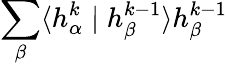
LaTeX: \sum_{\beta}\langle h_{\alpha}^{k}\mid h_{\beta}^{k-1}\rangle h_{\beta}^{k-1}